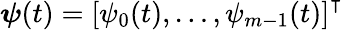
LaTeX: \boldsymbol{\psi}(t)=\left[\psi_{0}(t),\ldots,\psi_{m-1}(t)\right]^{\intercal}